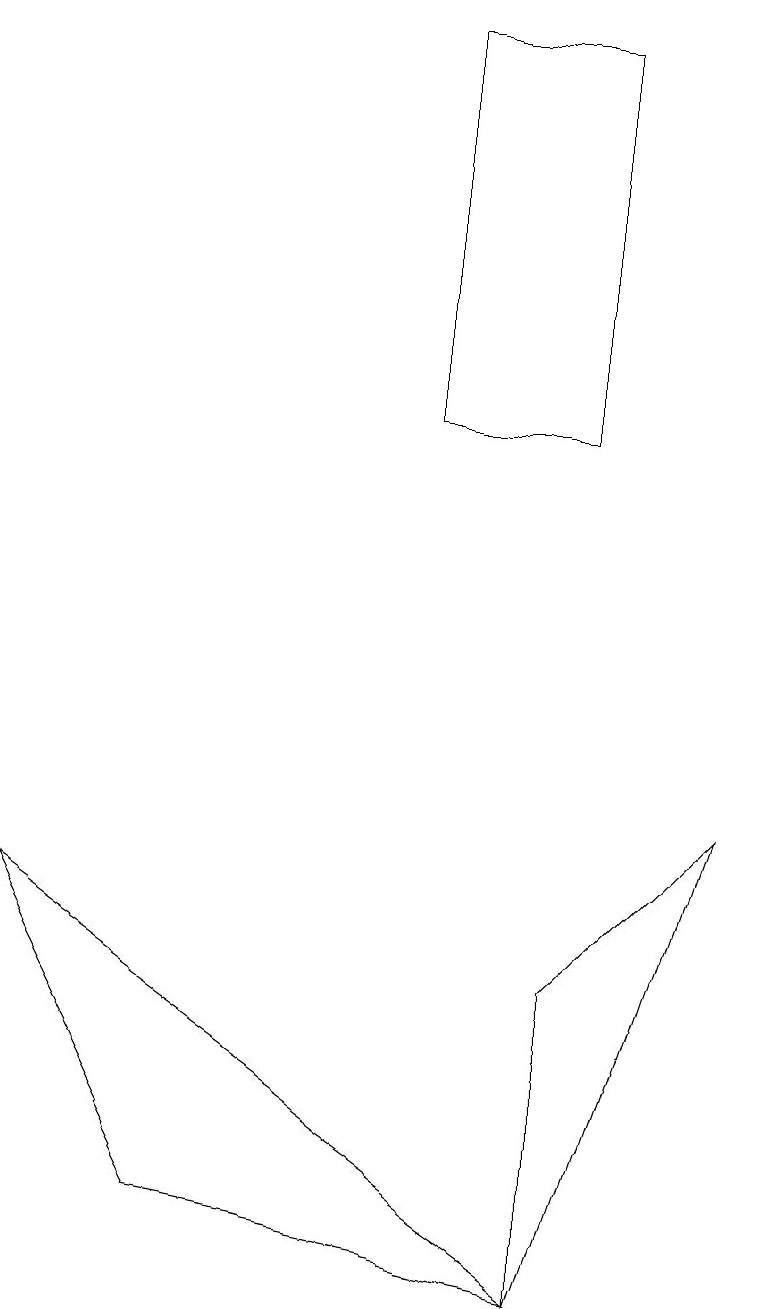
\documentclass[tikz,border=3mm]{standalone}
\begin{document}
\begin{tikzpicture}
\draw (7,2) -- (9,8) -- (7,6) -- cycle;
\draw (7,2) -- (2,3) -- (0,7) -- cycle;
\draw (5,18) rectangle (7,13);
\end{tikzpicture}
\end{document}